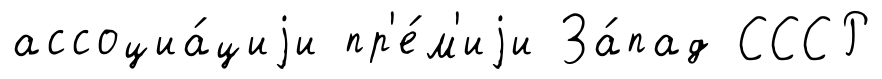
ассоциа́циjи пр'е́м'иjи За́пад СССР